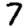
Digit: 7